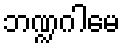
ဘဏ္ဍဂါမေ